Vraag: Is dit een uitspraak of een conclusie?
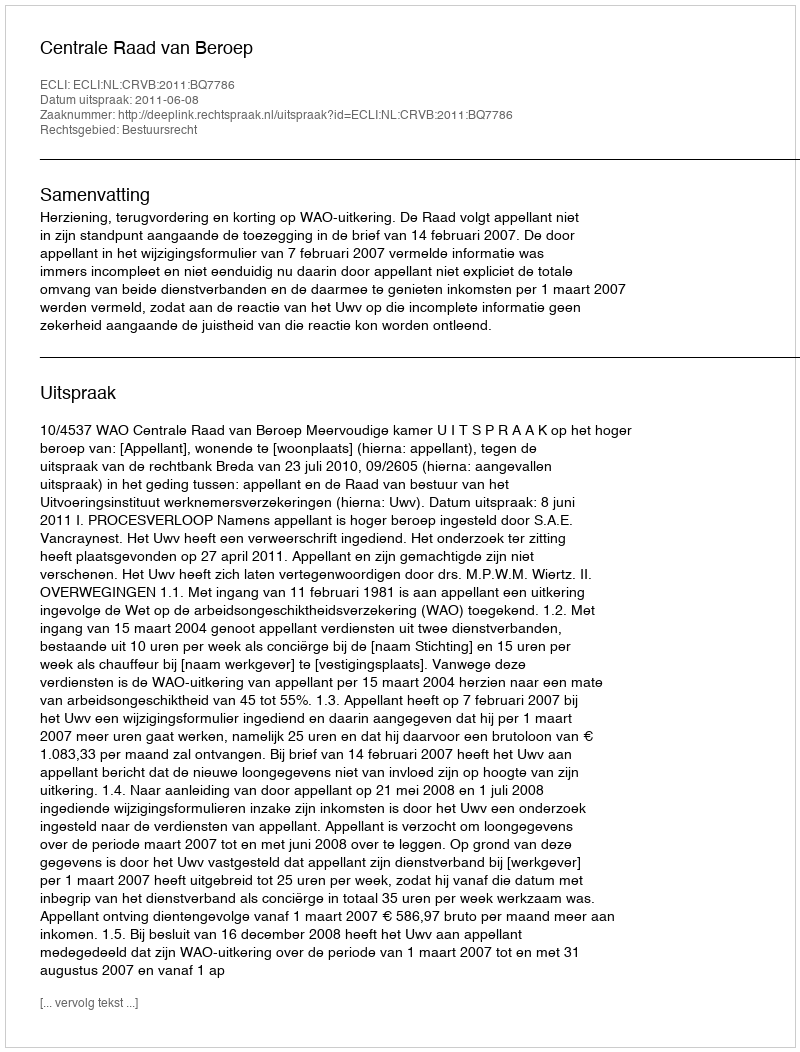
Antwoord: Uitspraak